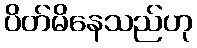
ပိတ်မိနေသည်ဟု